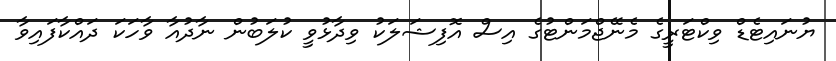
ޔުނައިޓެޑް ވިކްޓަރީގެ މެނޭޖްމަންޓުގެ އިސް އޮފިޝަލަކު ވިދާޅުވީ ކުލަބުން ނާދުއާ ވާހަކަ ދައްކާފައިވާ